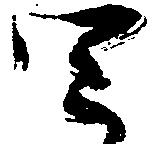
四